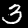
Label: 3